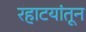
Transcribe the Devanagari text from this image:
रहाटयांतून